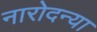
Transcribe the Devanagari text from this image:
नारोदन्या